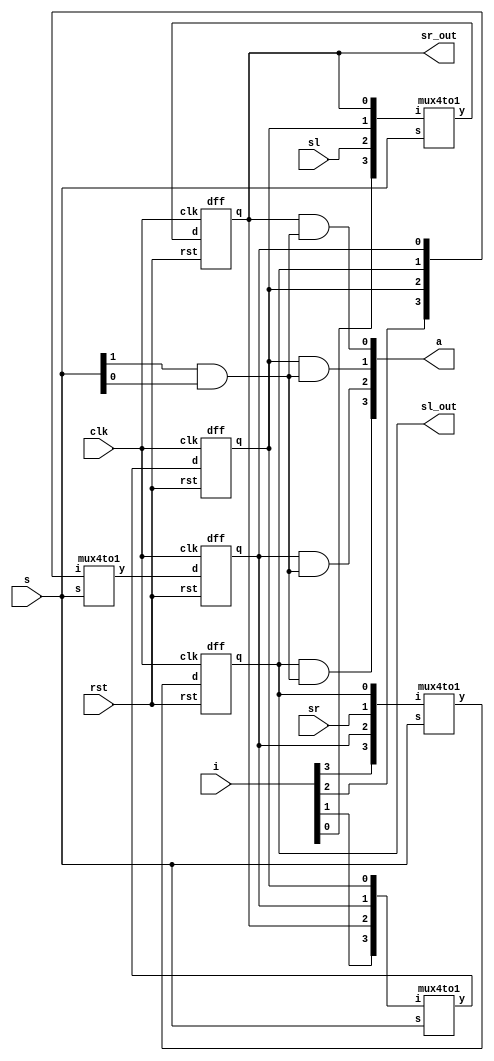
module uni_s_r (
    input [3:0] i, input [1:0] s, input sr, sl, input clk, rst, output [3:0] a, output sr_out, sl_out
);
    wire j1, j2, j3, j4, o1, o2, o3, o4;
    
    mux4to1 m1({i[3], o2, sr, o1}, s, j1);
    dff d1(j1, clk, rst, o1);

    mux4to1 m2({i[2], o3, o1, o2}, s, j2);
    dff d2(j2, clk, rst, o2);

    mux4to1 m3({i[1], o4, o2, o3}, s, j3);
    dff d3(j3, clk, rst, o3);

    mux4to1 m4({i[0], sl, o3, o4}, s, j4);
    dff d4(j4, clk, rst, o4);

    assign sl_out = o1;
    assign sr_out = o4;

    assign a[3] = o1 & (s[1] & s[0]);
    assign a[2] = o2 & (s[1] & s[0]);
    assign a[1] = o3 & (s[1] & s[0]);
    assign a[0] = o4 & (s[1] & s[0]);    
endmodule

module mux4to1 (
    input [3:0] i, input [1:0] s, output y
);
    assign y = ((~s[1]) & (~s[0]) & i[0]) | ((~s[1]) & (s[0]) & i[1]) | ((s[1]) & (~s[0]) & i[2]) | ((s[1]) & (s[0]) & i[3]);
endmodule

module dff (
    input d, clk, rst, output reg q
);
    always @(posedge clk, posedge rst) begin
        if(rst)
        q <= 0;
        else
        q <= d;
    end
endmodule